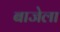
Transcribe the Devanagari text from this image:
बाजेला